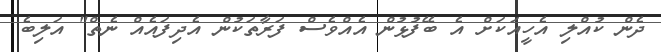
ދެން ކުއްލި އެހީއަކަށް އެ ބޭފުޅުން އެއްވެސް ފަރާތަކުން އެދިފައެއް ނެތް" އަލިބެ